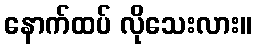
နောက်ထပ် လိုသေးလား။